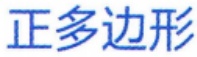
正多边形